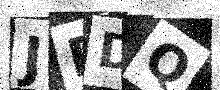
Text: JDDQ